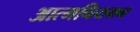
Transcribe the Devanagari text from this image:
आत्मनियमन